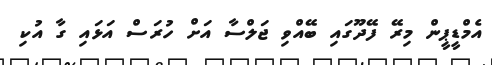
އެމްޑީޕީން މިރޭ ފޭދޫގައި ބޭއްވި ޖަލްސާ އަށް ހުރަސް އަޅައި ގާ އުކި